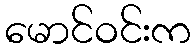
မောင်ဝင်းက